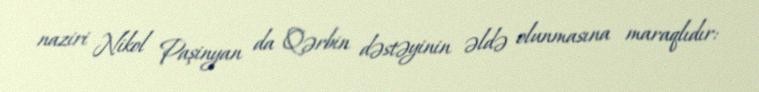
naziri Nikol Paşinyan da Qərbin dəstəyinin əldə olunmasına maraqlıdır: